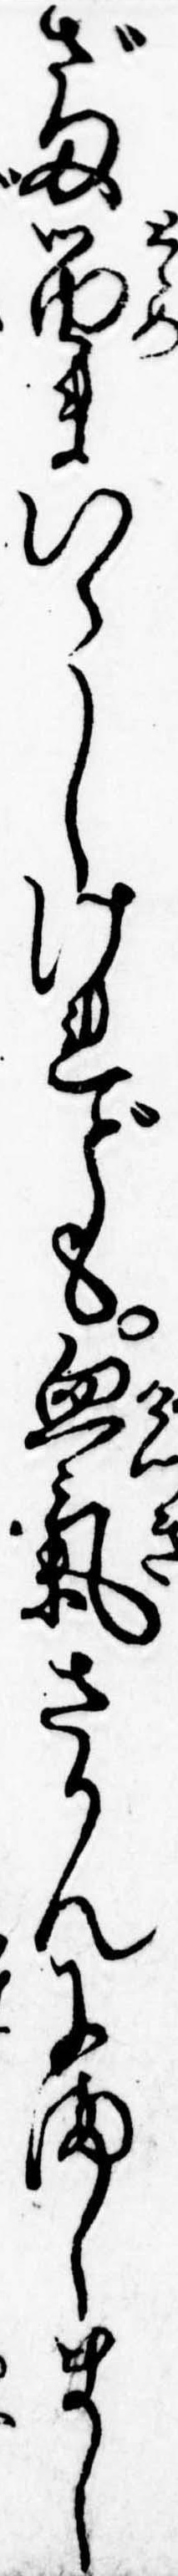
ざま留まいらしけれども血気さかんにましまし